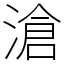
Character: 滄